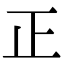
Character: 正